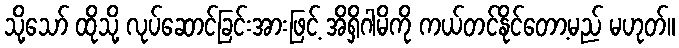
သို့သော် ထိုသို့ လုပ်ဆောင်ခြင်းအားဖြင့် အိရှိဂါမိကို ကယ်တင်နိုင်တော့မည် မဟုတ်။